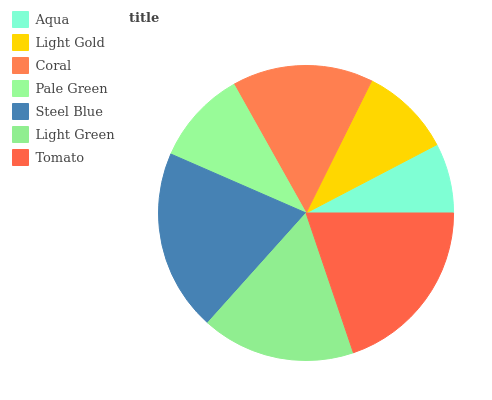
| Aqua | Light Gold | Coral | Pale Green | Steel Blue | Light Green | Tomato |
 | --- | --- | --- | --- | --- | --- | --- |
 | 7.67% | 10% | 15.5% | 10.3% | 19.9% | 16.9% | 19.7% |